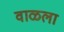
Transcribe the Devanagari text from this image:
वाळला